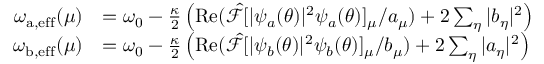
\begin{array} { r l } { \omega _ { \mathrm { a , e f f } } ( \mu ) } & { = \omega _ { 0 } - \frac { \kappa } { 2 } \left( \operatorname { R e } ( \hat { \mathcal { F } } [ | \psi _ { a } ( \theta ) | ^ { 2 } \psi _ { a } ( \theta ) ] _ { \mu } / a _ { \mu } ) + 2 \sum _ { \eta } | b _ { \eta } | ^ { 2 } \right) } \\ { \omega _ { \mathrm { b , e f f } } ( \mu ) } & { = \omega _ { 0 } - \frac { \kappa } { 2 } \left( \operatorname { R e } ( \hat { \mathcal { F } } [ | \psi _ { b } ( \theta ) | ^ { 2 } \psi _ { b } ( \theta ) ] _ { \mu } / b _ { \mu } ) + 2 \sum _ { \eta } | a _ { \eta } | ^ { 2 } \right) } \end{array}